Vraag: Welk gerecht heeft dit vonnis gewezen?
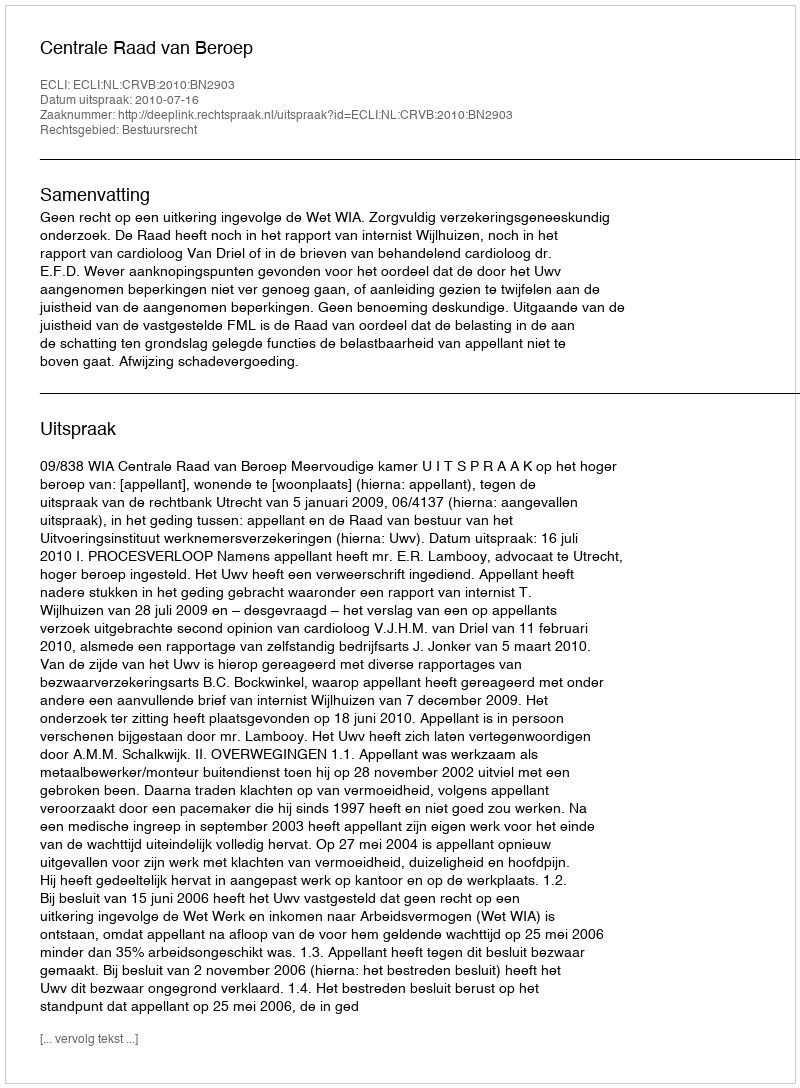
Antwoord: Centrale Raad van Beroep